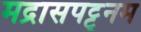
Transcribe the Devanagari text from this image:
मद्रासपट्ट्नम